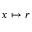
x \mapsto r